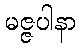
မဇ္ဇပါနာ